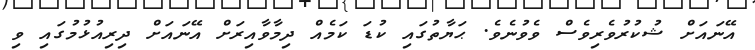
އޭނައަށް ޝުކުރުވެރިވެސް ވެވުނެވެ. ޙަޔާތުގައި ކުޑަ ކަމެއް ދިމާވާއިރަށް އޭނައަށް ދިރިއުޅުމުގައި ވި